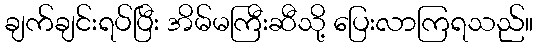
ချက်ချင်းရပ်ပြီး အိမ်မကြီးဆီသို့ ပြေးလာကြရသည်။